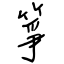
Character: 箏